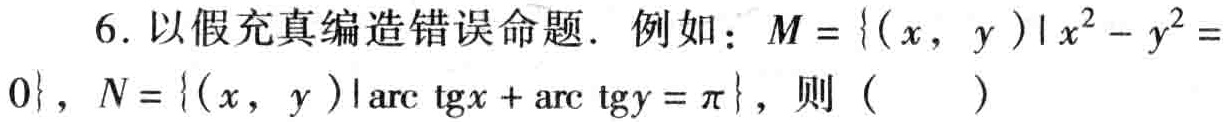
6. 以假充真编造错误命题. 例如：$M = \{ (x, y)\mid x^{2}-y^{2}=0\}$，$N = \{ (x, y)\mid \text{arc}\,\text{tg}x+\text{arc}\,\text{tg}y=\pi\}$，则（  ）